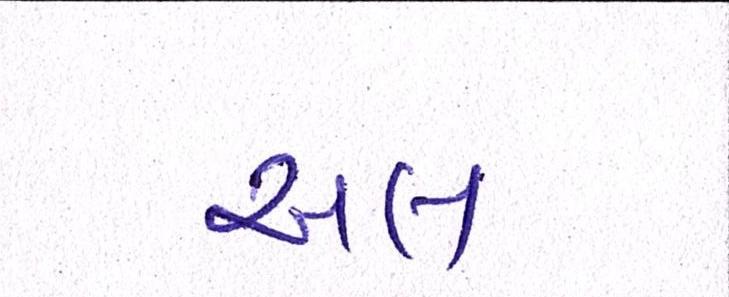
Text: અલ